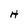
Character: H